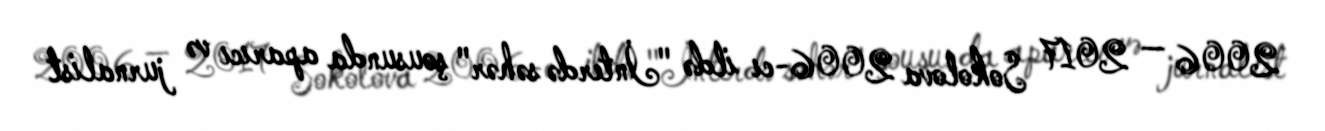
2006 — 2017 Sokolova 2006-cı ildə "İnterdə səhər" şousunda aparıcı və jurnalist